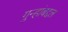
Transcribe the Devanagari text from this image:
गुन्हांबद्दल